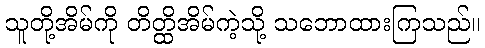
သူတို့အိမ်ကို တိတ္ထိအိမ်ကဲ့သို့ သဘောထားကြသည်။